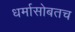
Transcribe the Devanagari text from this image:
धर्मासोबतच